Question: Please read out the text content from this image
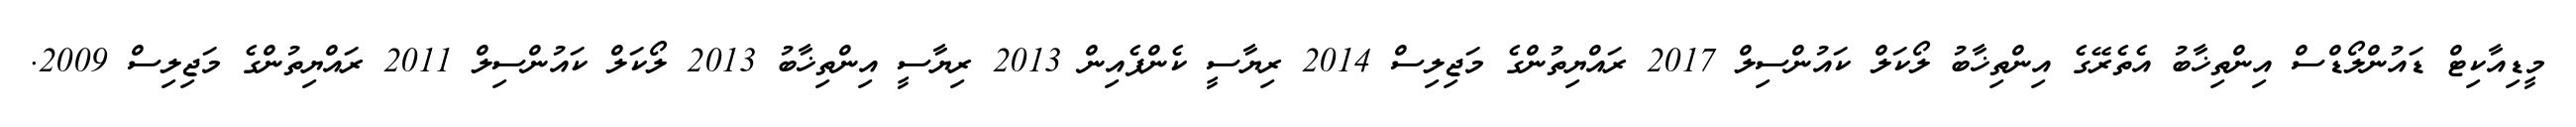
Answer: މީޑިއާކިޓް ޑައުންލޯޑްސް އިންތިޚާބު އެތެރޭގެ އިންތިޚާބު ލޯކަލް ކައުންސިލް 2017 ރައްޔިތުންގެ މަޖިލިސް 2014 ރިޔާސީ ކެންޕެއިން 2013 ރިޔާސީ އިންތިޚާބު 2013 ލޯކަލް ކައުންސިލް 2011 ރައްޔިތުންގެ މަޖިލިސް 2009.